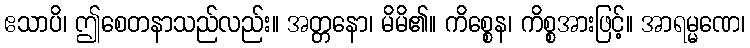
ဧသာပိ၊ ဤစေတနာသည်လည်း။ အတ္တနော၊ မိမိ၏။ ကိစ္စေန၊ ကိစ္စအားဖြင့်။ အာရမ္မဏေ၊